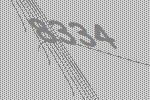
8334